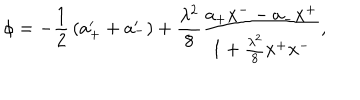
LaTeX: \phi = - { \frac { 1 } { 2 } } \left( a _ { + } ^ { \prime } + a _ { - } ^ { \prime } \right) + { \frac { \lambda ^ { 2 } } { 8 } } { \frac { a _ { + } x ^ { -- } a _ { - } x ^ { + } } { 1 + { \frac { \lambda ^ { 2 } } { 8 } } x ^ { + } x ^ { - } } } ,